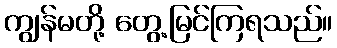
ကျွန်မတို့ တွေ့မြင်ကြရသည်။